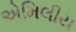
એમિલીય